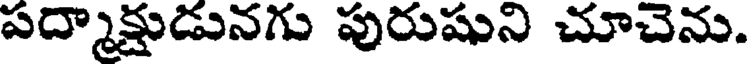
పద్మాక్షుడునగు పురుషుని చూచెను.